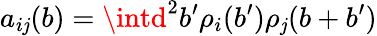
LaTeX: a_{i\mathit{j}}(b)=\intd^{2}b^{\prime}\rho_{i}(b^{\prime})\rho_{\mathit{j}}(b+b^{\prime})